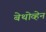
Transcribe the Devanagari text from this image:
बेथोव्हेन